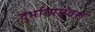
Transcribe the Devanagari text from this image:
दुर्भाग्यएवश